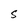
Character: s